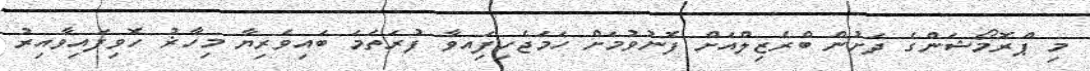
މި ޕްރޮމޯޝަންގެ ދަށުން ބްރެޒިލްއަށް ފޮނުވުމަށް ހަމަޖެހިފަިއވާ ފުރަތަމަ ބައިވެރިޔާ މިހާޜު ހޮވިފައިވާއިރު